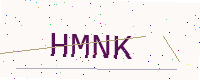
Text: HMNK